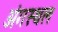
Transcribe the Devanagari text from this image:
अंगस्थल